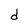
Character: d